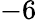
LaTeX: -6